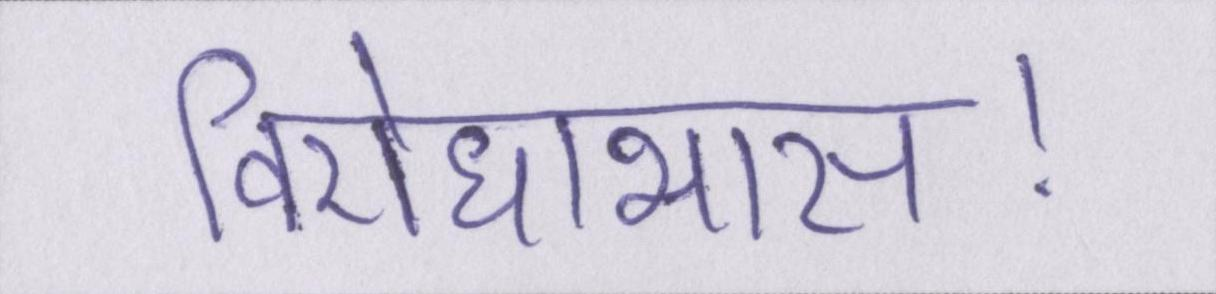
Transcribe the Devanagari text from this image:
विरोधाभास।